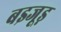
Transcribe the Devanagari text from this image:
बइजूड़